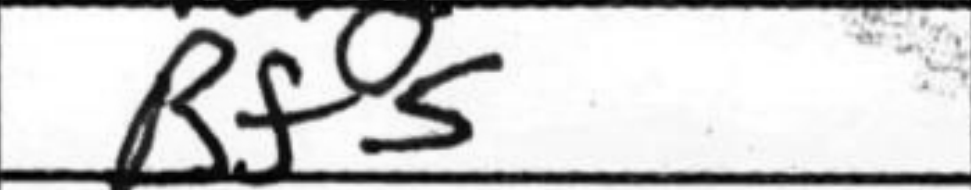
Transcription: Bf5